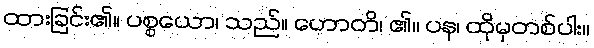
ထားခြင်း၏။ ပစ္စယော၊ သည်။ ဟောတိ၊ ၏။ ပန၊ ထိုမှတစ်ပါး။